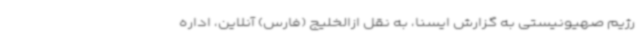
رژیم صهیونیستی به گزارش ایسنا، به نقل ازالخلیج (فارس) آنلاین، اداره